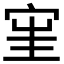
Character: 𱚈